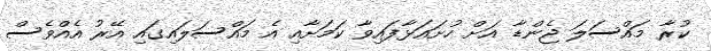
ކުރާ މައްސަލަ ޖެންޑާ އަށް ހުށައަޅާފައިވާ ކަމަށާއި އެ މައްސަލައިގައި އޭރު އެއްވެސް